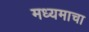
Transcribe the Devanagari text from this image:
मध्यमाचा